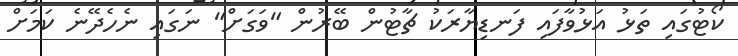
ކޯޓުގައި ތަޅު އަޅުވާފައި ފަނޑިޔާރަކު ޗާޓުން ބޭރުން "ވަގަށް" ނަގައި ނެހެދޭނެ ކަމަށް